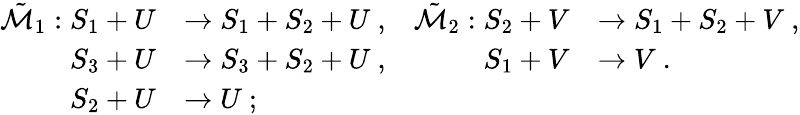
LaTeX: \begin{array}{rlrl}{\tilde{\mathcal{M}}_{1}:S_{1}+U}&{\to S_{1}+S_{2}+U\ ,}&{\tilde{\mathcal{M}}_{2}:S_{2}+V}&{\to S_{1}+S_{2}+V\ ,}\\ {S_{3}+U}&{\to S_{3}+S_{2}+U\ ,}&{S_{1}+V}&{\to V\ .}\\ {S_{2}+U}&{\to U\ ;}\end{array}